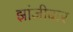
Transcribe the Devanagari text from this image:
झांजीबार